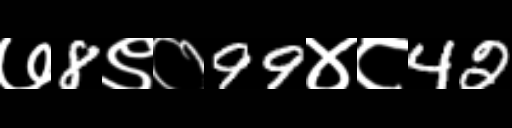
Text: ७8९०99४८42